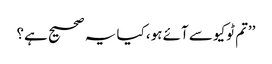
’’تم ٹوکیو سے آئے ہو، کیا یہ صحیح ہے؟